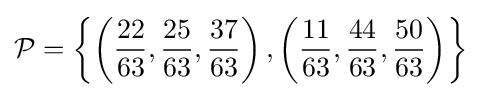
{\mathcal {P}}=\left\{\left({\frac {22}{63}},{\frac {25}{63}},{\frac {37}{63}}\right),\left({\frac {11}{63}},{\frac {44}{63}},{\frac {50}{63}}\right)\right\rbrace